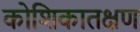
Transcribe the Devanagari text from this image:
कोशिकातक्षण